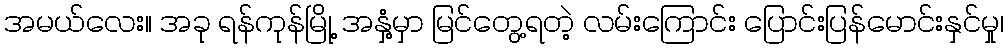
အမယ်လေး။ အခု ရန်ကုန်မြို့ အနှံ့မှာ မြင်တွေ့ရတဲ့ လမ်းကြောင်း ပြောင်းပြန်မောင်းနှင်မှု၊